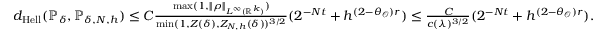
\begin{array} { r } { d _ { \mathrm { H e l l } } ( \mathbb { P } _ { \delta } , \mathbb { P } _ { \delta , N , h } ) \le C \frac { \operatorname* { m a x } ( 1 , \| \rho \| _ { L ^ { \infty } ( \mathbb { R } ^ { k } ) } ) } { \operatorname* { m i n } ( 1 , Z ( \delta ) , Z _ { N , h } ( \delta ) ) ^ { 3 / 2 } } ( 2 ^ { - N t } + h ^ { ( 2 - \theta _ { \mathcal { O } } ) r } ) \le \frac { C } { c ( \lambda ) ^ { 3 / 2 } } ( 2 ^ { - N t } + h ^ { ( 2 - \theta _ { \mathcal { O } } ) r } ) . } \end{array}